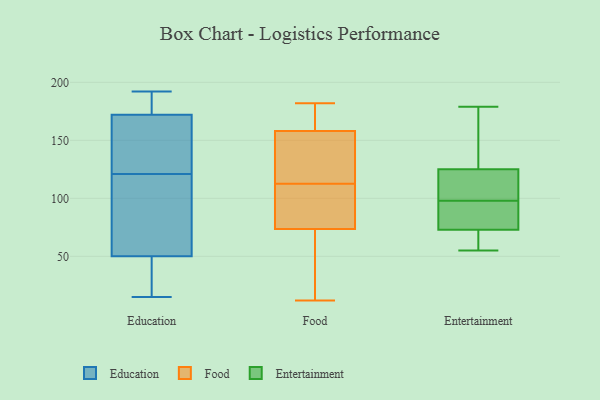
{"axis": {"x": "Energy Usage (MWh)", "y": "Value"}, "legend": ["Education", "Entertainment", "Food"], "data": [{"x": "", "y": 192, "type": "Education"}, {"x": "", "y": 172, "type": "Education"}, {"x": "", "y": 48, "type": "Education"}, {"x": "", "y": 110, "type": "Education"}, {"x": "", "y": 121, "type": "Education"}, {"x": "", "y": 161, "type": "Education"}, {"x": "", "y": 121, "type": "Education"}, {"x": "", "y": 186, "type": "Education"}, {"x": "", "y": 15, "type": "Education"}, {"x": "", "y": 50, "type": "Education"}, {"x": "", "y": 182, "type": "Food"}, {"x": "", "y": 114, "type": "Food"}, {"x": "", "y": 24, "type": "Food"}, {"x": "", "y": 74, "type": "Food"}, {"x": "", "y": 160, "type": "Food"}, {"x": "", "y": 156, "type": "Food"}, {"x": "", "y": 147, "type": "Food"}, {"x": "", "y": 169, "type": "Food"}, {"x": "", "y": 80, "type": "Food"}, {"x": "", "y": 12, "type": "Food"}, {"x": "", "y": 14, "type": "Food"}, {"x": "", "y": 114, "type": "Food"}, {"x": "", "y": 65, "type": "Food"}, {"x": "", "y": 75, "type": "Food"}, {"x": "", "y": 121, "type": "Food"}, {"x": "", "y": 73, "type": "Food"}, {"x": "", "y": 171, "type": "Food"}, {"x": "", "y": 74, "type": "Food"}, {"x": "", "y": 111, "type": "Food"}, {"x": "", "y": 174, "type": "Food"}, {"x": "", "y": 73, "type": "Entertainment"}, {"x": "", "y": 179, "type": "Entertainment"}, {"x": "", "y": 134, "type": "Entertainment"}, {"x": "", "y": 59, "type": "Entertainment"}, {"x": "", "y": 77, "type": "Entertainment"}, {"x": "", "y": 123, "type": "Entertainment"}, {"x": "", "y": 55, "type": "Entertainment"}, {"x": "", "y": 103, "type": "Entertainment"}, {"x": "", "y": 125, "type": "Entertainment"}, {"x": "", "y": 93, "type": "Entertainment"}]}